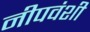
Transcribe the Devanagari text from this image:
नीपवंशी